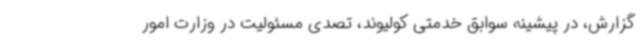
گزارش، در پیشینه سوابق خدمتی کولیوند، تصدی مسئولیت در وزارت امور